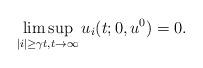
LaTeX: \begin{align*}\limsup_{|i|\ge \gamma t,t\to\infty}u_i(t;0,u^0)=0.\end{align*}